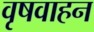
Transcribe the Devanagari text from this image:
वृषवाहन